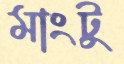
মাংটু